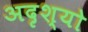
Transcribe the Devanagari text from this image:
अदृश्यो